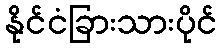
နိုင်ငံခြားသားပိုင်